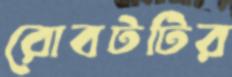
রোবটটির